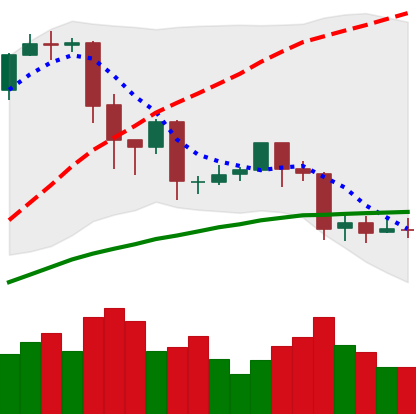
Ticker: EOS-USD
Chart end date: 2020-03-01
Forward return: 8.365%
Label: up_7plus